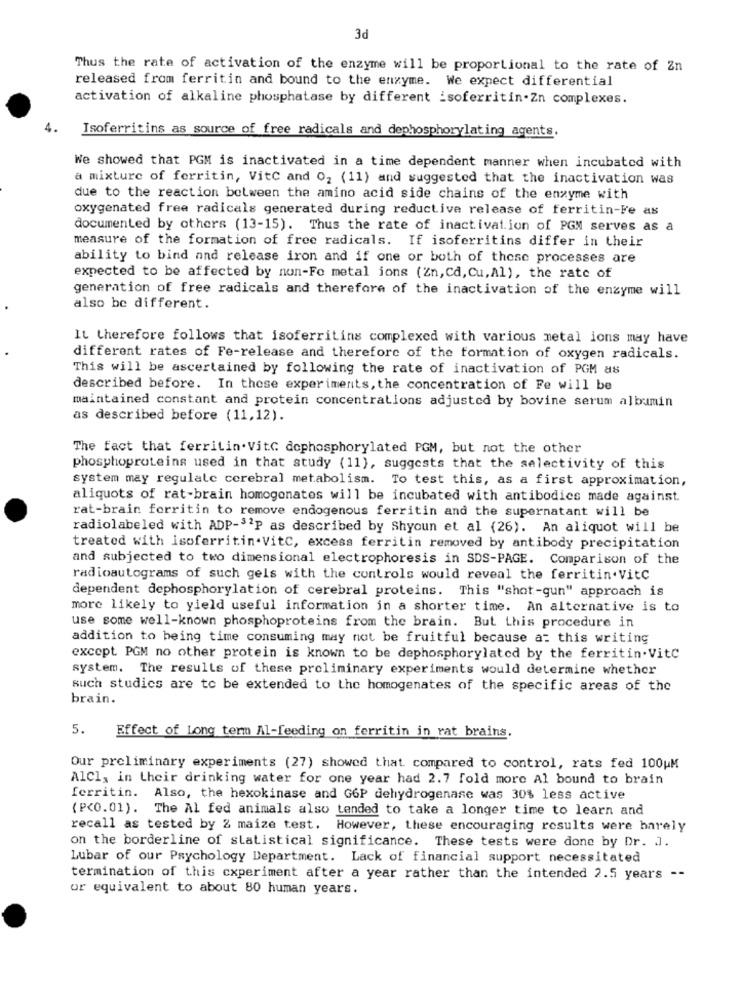
3d
Thus the rate of activation of the enzyme will be proportional to the rate of Zn
released from ferritin and bound to the enzyme. We expect differential
activation of alkaline phosphatase by different _soferritin-Zn complexes.
Isoferritins as source of free radicals and dephosphorylating agents.
We showed that PGM is inactivated in a time dependent manner when incubated with
a mixture of ferritin, VitC and 02 (11) and suggested that the inactivation was
due to the reaction between the amino acid side chains of the enzyme with
oxygenated free radicals generated during reductive release of ferritin-Fe as
documented by others (13-15). Thus the rate of inactivation of PGM serves as a
measure of the formation of free radicals. If isoferritins differ in their
ability to bind and release iron and if one or both of these processes are
expected to be affected by non-Fo metal ions (En, Cd, Cu, Al), the rate of
generation of free radicals and therefore of the inactivation of the enzyme will
also be different.
It therefore follows that isoferritins complexed with various metal ions may have
different rates of Fe-release and therefore of the formation of oxygen radicals.
This will be ascertained by following the rate of inactivation of PGM as
described before. In these experiments, the concentration of Fe will be
maintained constant and protein concentrations adjusted by bovine serum albumin
as described before (11,12).
The fact that ferritin. VitC dophosphorylated PGM, but not the other
phosphoproteins used in that study (11), suggests that the selectivity of this
system may regulate cerebral metabolism. To test this, as a first approximation,
aliquots of rat-brain homogenates will be incubated with antibodies made against.
rat-brain ferritin to remove endogenous ferritin and the supernatant will be
radiolabeled with ADP-32P as described by Shyoun et al (26). An aliquot will be
treated with isoferritin.VitC, excess ferritin removed by antibody precipitation
and subjected to two dimensional electrophoresis in SDS-PAGE. Comparison of the
radioautograms of such gels with the controls would reveal the ferritin.VitC
dependent dephosphorylation of cerebral proteins. This "shot-gun" approach is
more likely to yield useful information in a shorter time. An alternative is to
use some well-known phosphoproteins from the brain. But this procedure in
addition to being time consuming may not be fruitful because a: this writing
except. PGM no other protein is known to be dephosphorylated by the ferritin.VitC
system. The results of these preliminary experiments would determine whether
such studics are to be extended to the homogenates of the specific areas of the
brain.
5.
Effect of Long term Al-feeding on ferritin in rat brains.
Our preliminary experiments (27) showed that. compared to control, rats fed 100uM
AlCl, in their drinking water for one year had 2.7 fold more Al bound to brain
ferritin. Also, the hexokinase and G6P dehydrogenase was 30% less active
(P<0.01). The Al fed animals also tended to take a longer time to learn and
recall as tested by 2 maize test. However, these encouraging results were harely
on the borderline of statistical significance. These tests were done by Dr. J.
Lubar of our Psychology Department. Lack of financial support necessitated
termination of this experiment after a year rather than the intended 2.5 years --
or equivalent to about 80 human years.